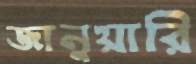
জানুয়ারি